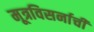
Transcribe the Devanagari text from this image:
मूत्रविसर्नाची